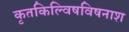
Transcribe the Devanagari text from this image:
कृतकिल्विषविषनाश